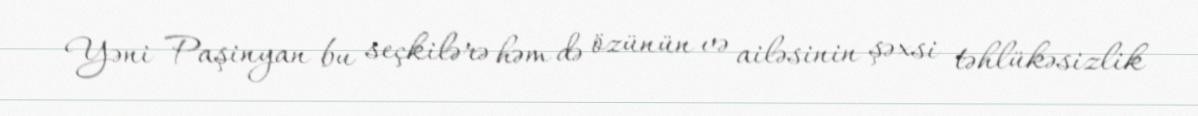
Yəni Paşinyan bu seçkilərə həm də özünün və ailəsinin şəxsi təhlükəsizlik